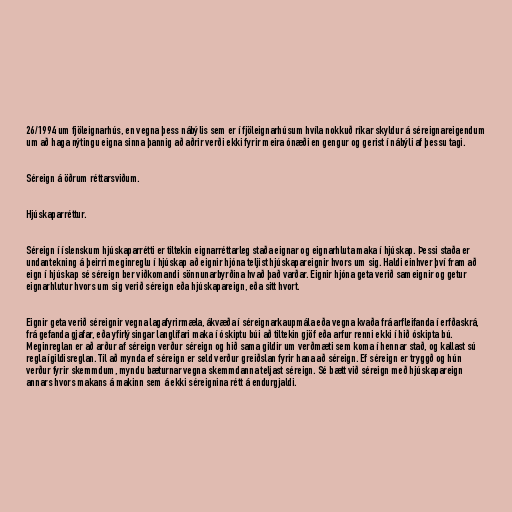
26/1994 um fjöleignarhús, en vegna þess nábýlis sem er í fjöleignarhúsum hvíla nokkuð ríkar skyldur á séreignareigendum
um að haga nýtingu eigna sinna þannig að aðrir verði ekki fyrir meira ónæði en gengur og gerist í nábýli af þessu tagi.

Séreign á öðrum réttarsviðum.

Hjúskaparréttur.

Séreign í íslenskum hjúskaparrétti er tiltekin eignarréttarleg staða eignar og eignarhluta maka í hjúskap. Þessi staða er
undantekning á þeirri meginreglu í hjúskap að eignir hjóna teljist hjúskapareignir hvors um sig. Haldi einhver því fram að
eign í hjúskap sé séreign ber viðkomandi sönnunarbyrðina hvað það varðar. Eignir hjóna geta verið sameignir og getur
eignarhlutur hvors um sig verið séreign eða hjúskapareign, eða sitt hvort.

Eignir geta verið séreignir vegna lagafyrirmæla, ákvæða í séreignarkaupmála eða vegna kvaða frá arfleifanda í erfðaskrá,
frá gefanda gjafar, eða yfirlýsingar langlífari maka í óskiptu búi að tiltekin gjöf eða arfur renni ekki í hið óskipta bú.
Meginreglan er að arður af séreign verður séreign og hið sama gildir um verðmæti sem koma í hennar stað, og kallast sú
regla ígildisreglan. Til að mynda ef séreign er seld verður greiðslan fyrir hana að séreign. Ef séreign er tryggð og hún
verður fyrir skemmdum, myndu bæturnar vegna skemmdanna teljast séreign. Sé bætt við séreign með hjúskapareign
annars hvors makans á makinn sem á ekki séreignina rétt á endurgjaldi.